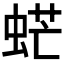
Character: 𧋽